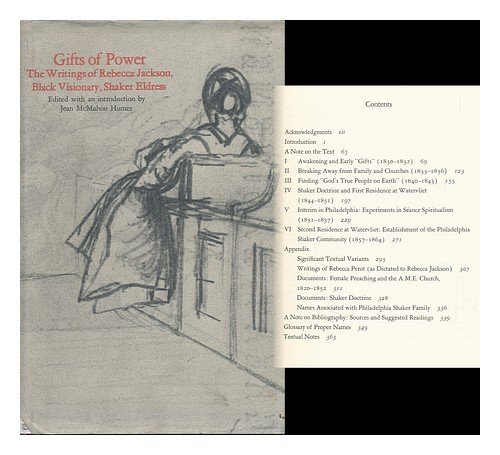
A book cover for Gifts of power: The writings of Rebecca Jackson, black visionary, Shaker eldress; Rebecca Jackson; Christian Books & Bibles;